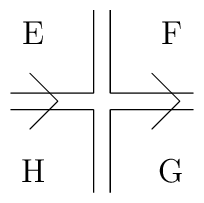
\raisebox{-33pt}{\begin{picture}(67.00,67.00)\put(1.00,37.00){\line(1,0){30.00}}\put(31.00,37.00){\line(0,1){30.00}}\put(37.00,67.00){\line(0,-1){30.00}}\put(37.00,37.00){\line(1,0){30.00}}\put(1.00,31.00){\line(1,0){30.00}}\put(31.00,31.00){\line(0,-1){30.00}}\put(37.00,1.00){\line(0,1){30.00}}\put(37.00,31.00){\line(1,0){30.00}}\put(8.00,44.00){\line(1,-1){10.00}}\put(18.00,34.00){\line(-1,-1){10.00}}\put(9.00,59.00){\makebox(0,0)[cc]{E}}\put(59.00,59.00){\makebox(0,0)[cc]{F}}\put(59.00,9.00){\makebox(0,0)[cc]{G}}\put(9.00,9.00){\makebox(0,0)[cc]{H}}\put(62.00,34.00){\line(-1,1){10.00}}\put(62.00,34.00){\line(-1,-1){10.00}}\end{picture}}